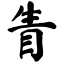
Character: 眚